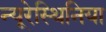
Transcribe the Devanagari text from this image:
न्यूरेस्थिनिया